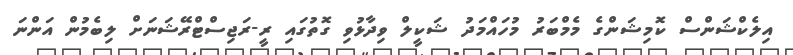
އިލެކްޝަންސް ކޮމިޝަންގެ މެމްބަރު މުހައްމަދު ޝަކީލް ވިދާޅުވި ގޮތުގައި ރީ-ރަޖިސްޓްރޭޝަނަށް ލިބެމުން އަންނަ